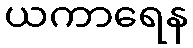
ယကာရေန